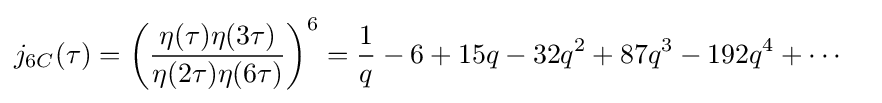
{\begin{aligned}j_{6C}(\tau )&=\left({\frac {\eta (\tau )\eta (3\tau )}{\eta (2\tau )\eta (6\tau )}}\right)^{6}={\frac {1}{q}}-6+15q-32q^{2}+87q^{3}-192q^{4}+\cdots \end{aligned}}